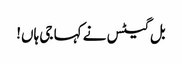
بل گیٹس نے کہا جی ہاں!